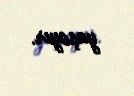
yaşayır.